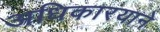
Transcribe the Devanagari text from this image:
अधिकारयाने